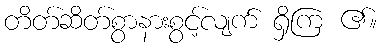
တိတ်ဆိတ်စွာနားစွင့်လျက် ရှိကြ ၏။